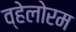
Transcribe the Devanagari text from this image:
व्हेलोरम